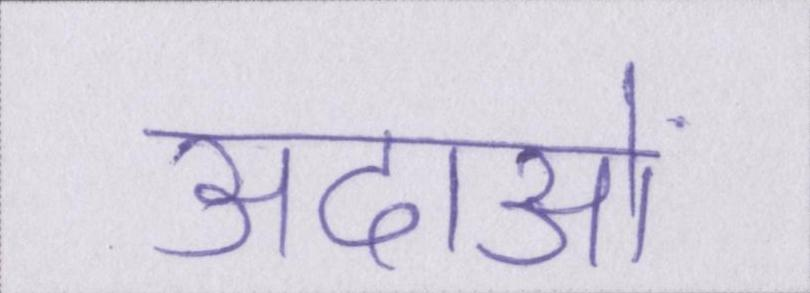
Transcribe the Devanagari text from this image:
अदाओं